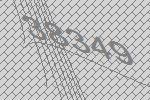
38349